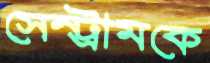
সেন্ট্রামকে